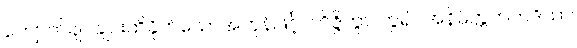
ကျောက်ချပ်ချင်းထိခိုက်သောအဟုန်ဖြင့်။ ဘိဇ္ဇိတွာ၊ ကွဲ၍။ အနိမိတ္တကတဒိသာ၊